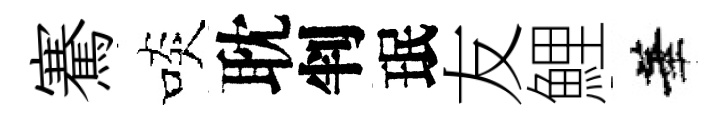
騫啖耽判珉友鯉華